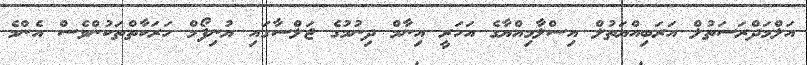
އަލްމަދްރަސަތުލް އަރަބިއްޔަތުލް އިސްލާމިއްޔާގެ އަހަރީ އިނާމް ދިނުމުގެ ޖަލްސާގައި ޔުނިފޯމް ހަރަކާތްތަކުންވެސް އެންމެ